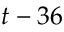
t - 3 6